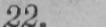
22.